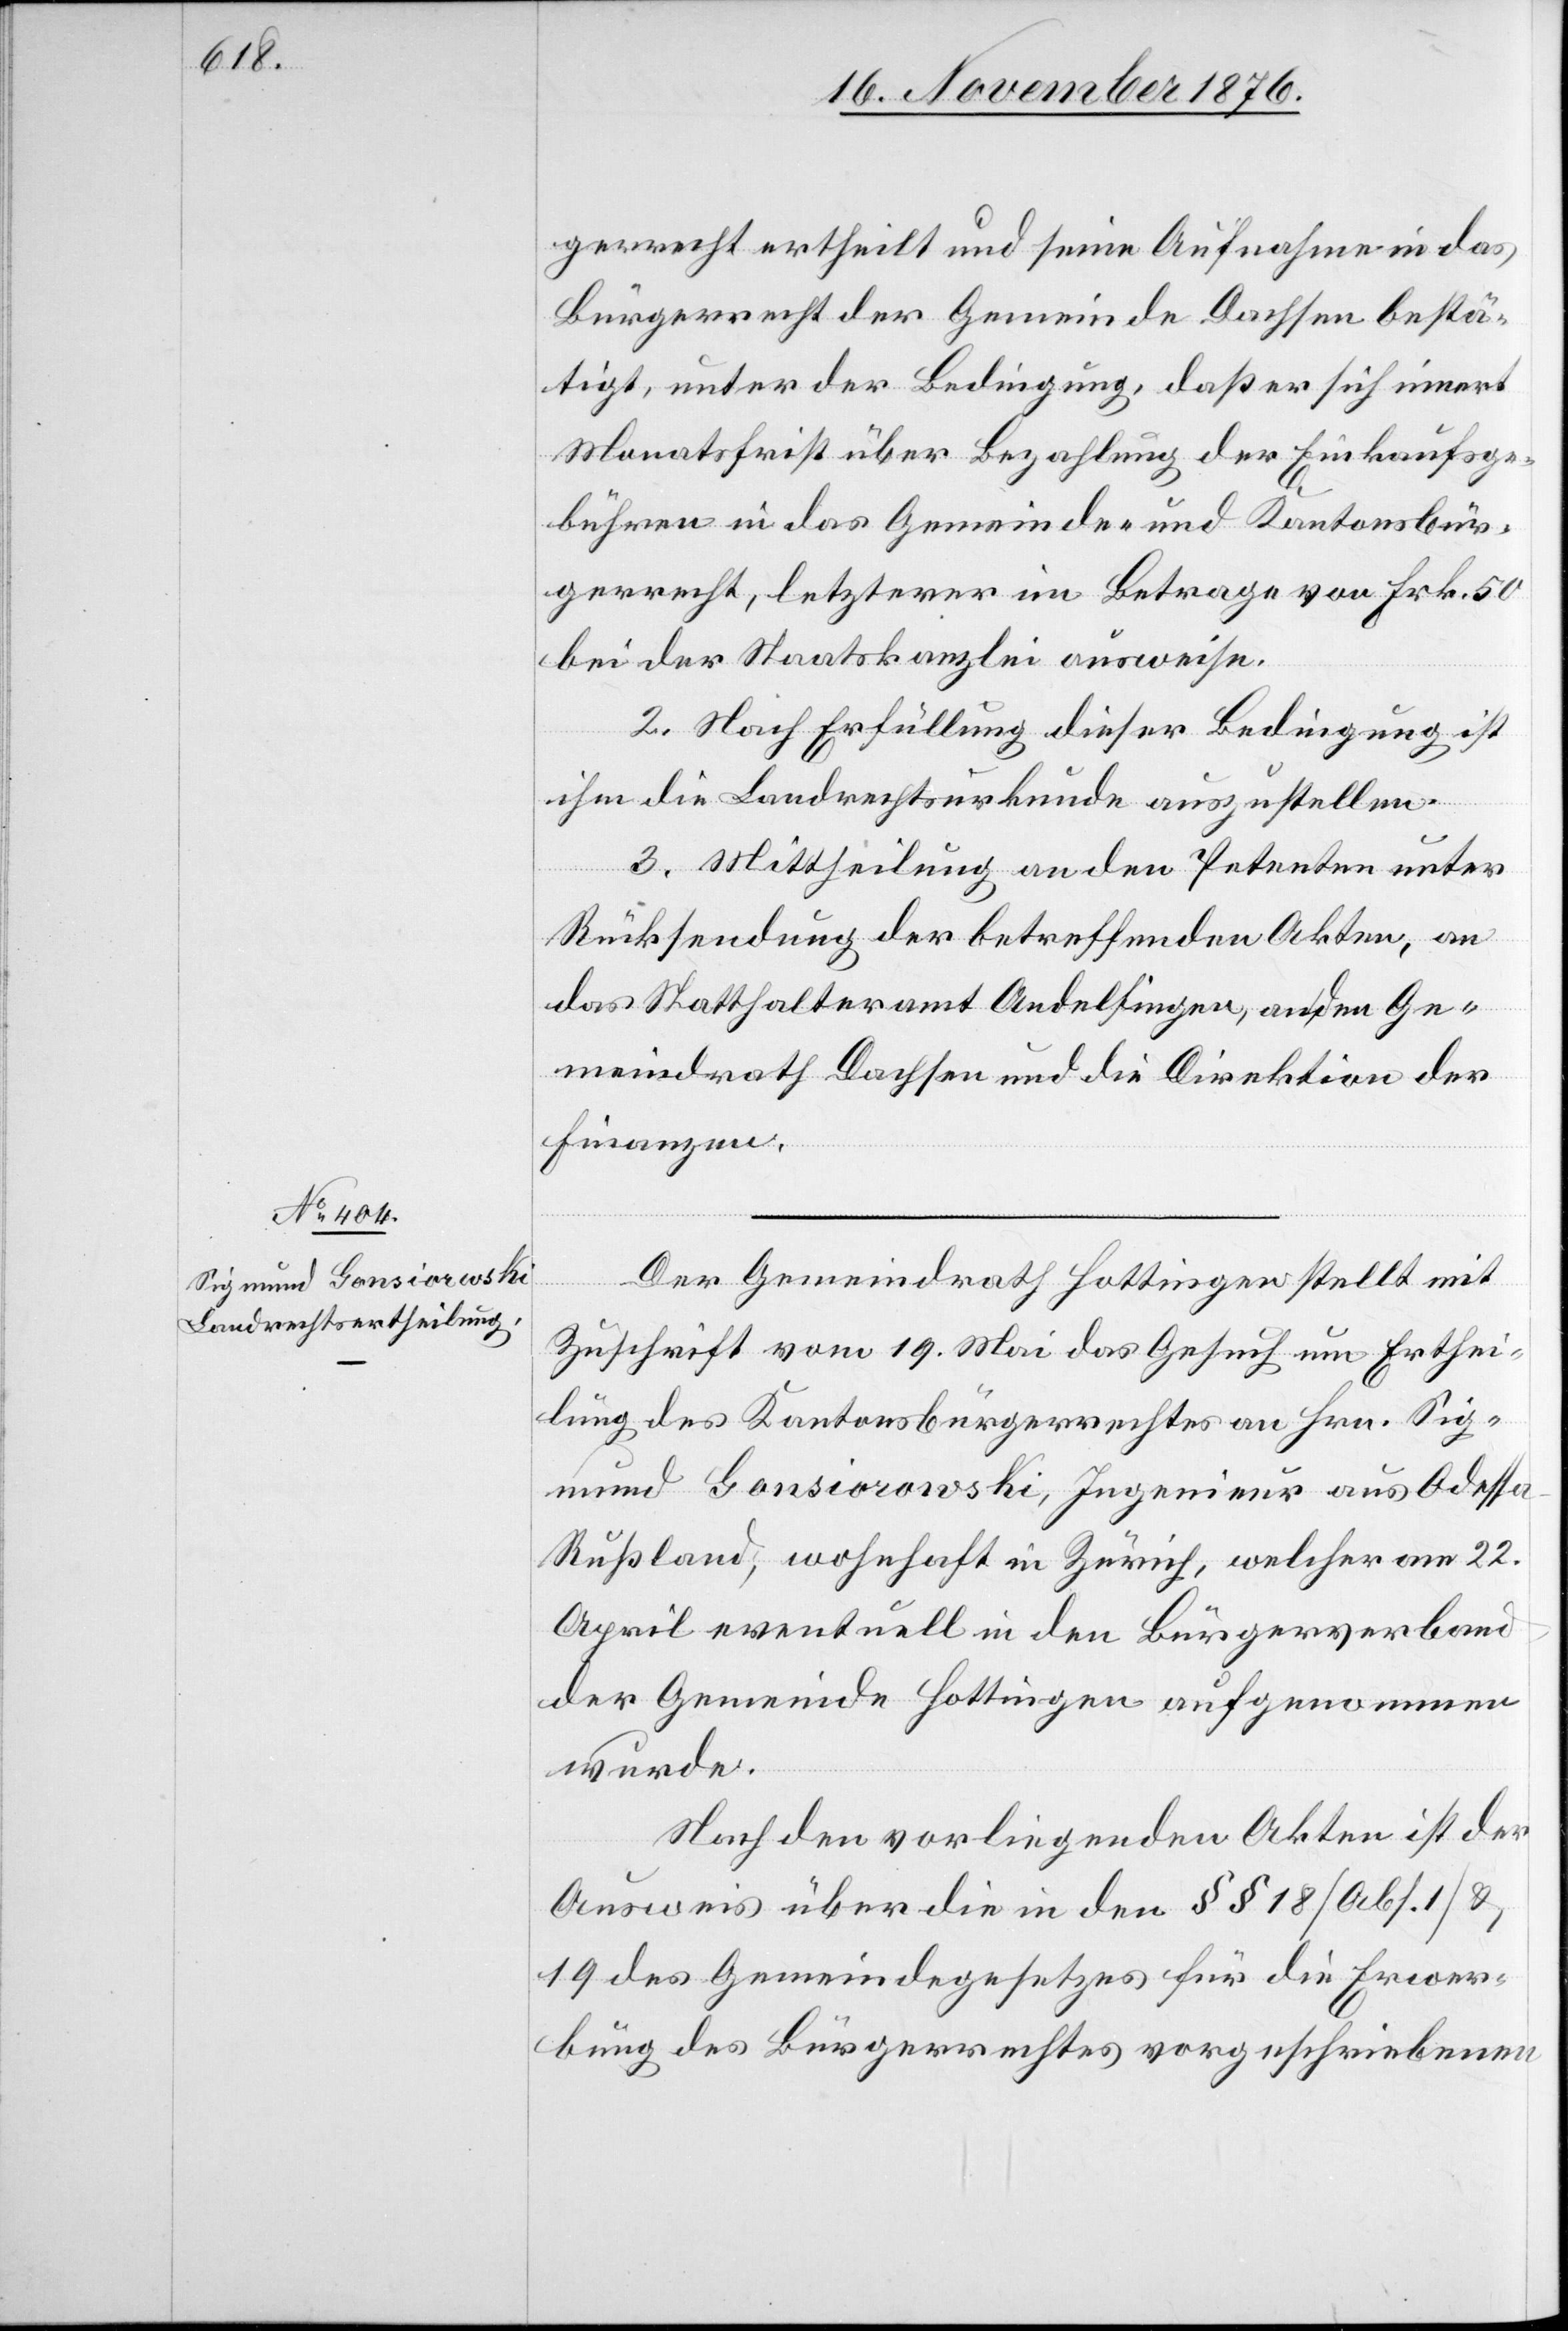
gerrecht ertheilt und seine Aufnahme in das
Bürgerrecht der Gemeinde Dachsen bestä¬
tigt, unter der Bedingung, daß er sich innert
Monatsfrist über Bezahlung der Einkaufsge¬
bühren in das Gemeinde- und Kantonsbür¬
gerrecht, letzterer im Betrage von Frk. 50
bei der Staatskanzlei ausweise.
2. Nach Erfüllung dieser Bedingung ist
ihm die Landrechtsurkunde auszustellen.
3. Mittheilung an den Petenten unter
Rücksendung der betreffenden Akten, an
das Statthalteramt Andelfingen, an den Ge¬
meindrath Dachsen und die Direktion der
Finanzen.